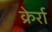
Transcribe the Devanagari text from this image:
क्रेर्रा